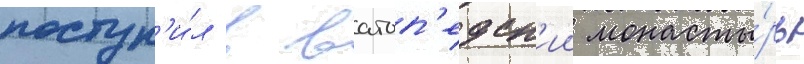
поступ'и́л в ватоп'едск'ии монасты́рь